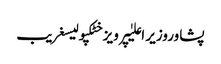
پشاوروزیر اعلیٰپرویز خٹکپولیسغریب